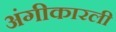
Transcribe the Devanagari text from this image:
अंगीकारली